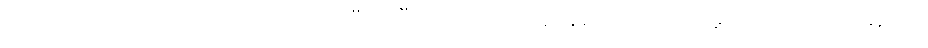
ကပ္ပိယဒကာကို သိအောင် ပြောပြပြီးပါပြီ၊ လိုသောအခါ ချဉ်းကပ်တော်မူပါဟု လျှောက်မှသာ